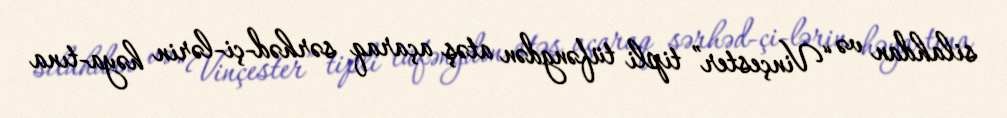
silahdan və “Vinçester” tipli tüfəngdən atəş açaraq sərhəd­çi­lərin həya­tına